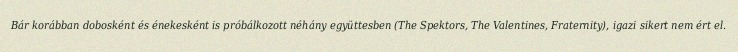
Bár korábban dobosként és énekesként is próbálkozott néhány együttesben (The Spektors, The Valentines, Fraternity), igazi sikert nem ért el.